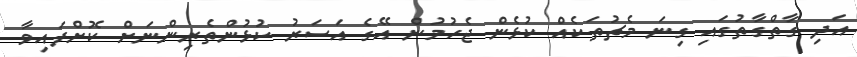
އަދި ގާތްގާތުގައި ގިނަ މެޗުތަކެއް ކުޅެން ޖެހުމުން އޭގެ އަސަރު ކުޅުންތެރިންނަށް ކޮށްފައިވާ